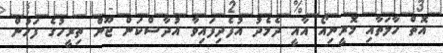
އޮތް ހާލަތާއި މޮރީނިއޯ އާއީ ދެމެދު އުފެދިފައިވާ އުދާސްކަން ޖޫން ތިރީހުގެ ފަހުން